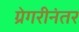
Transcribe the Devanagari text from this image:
ग्रेगरीनंतर